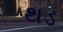
થડ